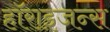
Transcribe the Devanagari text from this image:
हॉराइजन्स